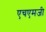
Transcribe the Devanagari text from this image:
एचएमजी